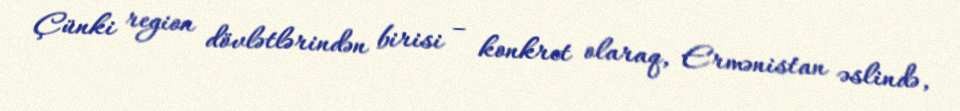
Çünki region dövlətlərindən birisi – konkret olaraq, Ermənistan əslində,